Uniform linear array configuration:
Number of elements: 8
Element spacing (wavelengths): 0.5
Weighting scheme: binomial
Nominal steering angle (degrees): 60
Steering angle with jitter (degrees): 59.875
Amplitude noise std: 0.05
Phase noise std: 0.05

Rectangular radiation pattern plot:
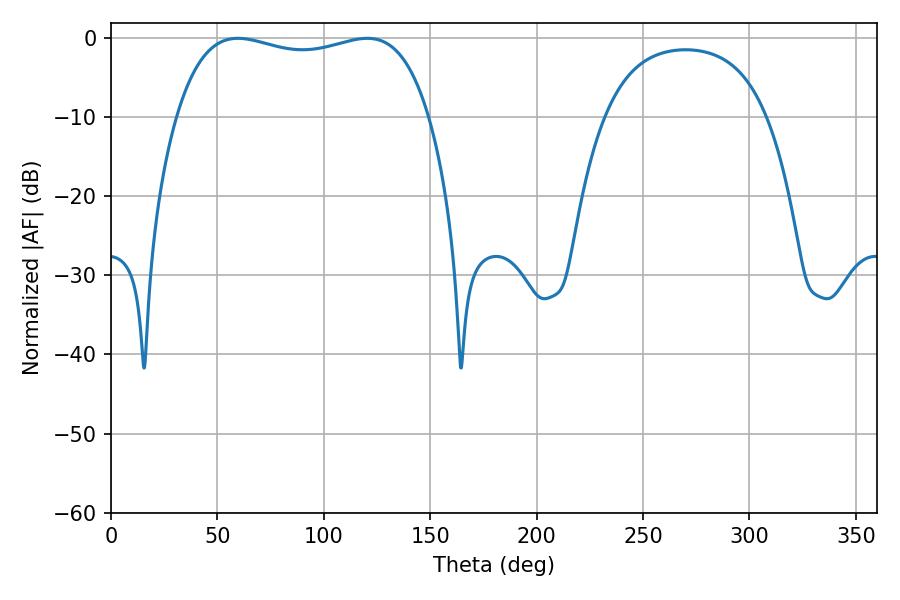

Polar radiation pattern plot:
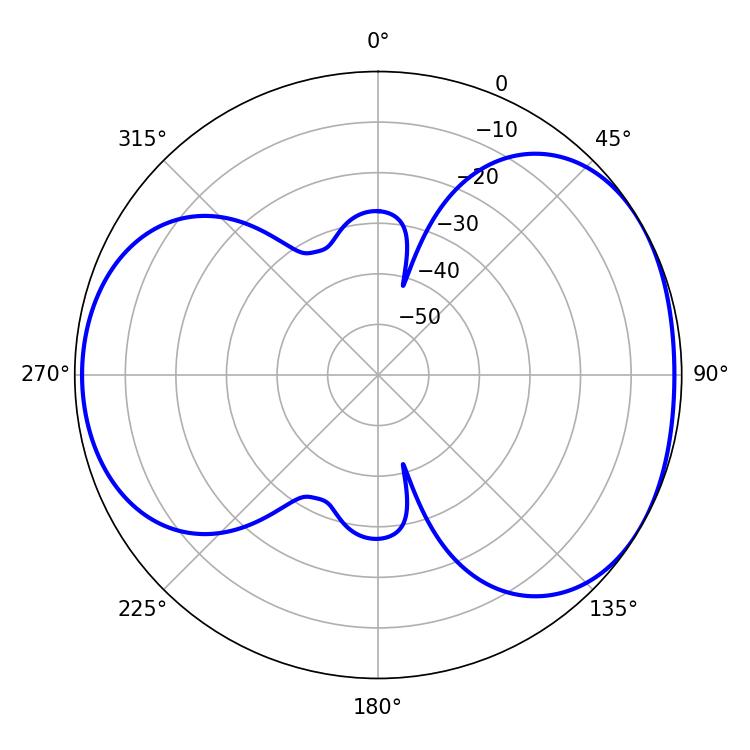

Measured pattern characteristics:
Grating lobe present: FALSE
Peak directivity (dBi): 4.507
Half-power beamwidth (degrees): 96.48
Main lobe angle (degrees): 59.58